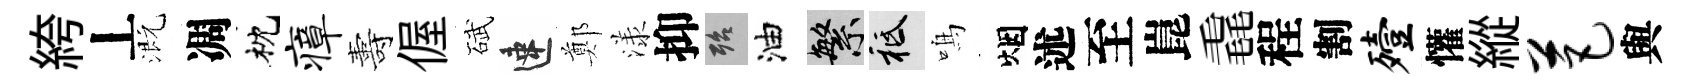
絝丄溉凋枕瘴夀偓碔速鄭漾抑殆油繁祇鳴烟述至崑毳程割殪懽縱芭與